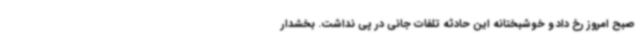
صبح امروز رخ داد و خوشبختانه این حادثه تلفات جانی در پی نداشت. بخشدار